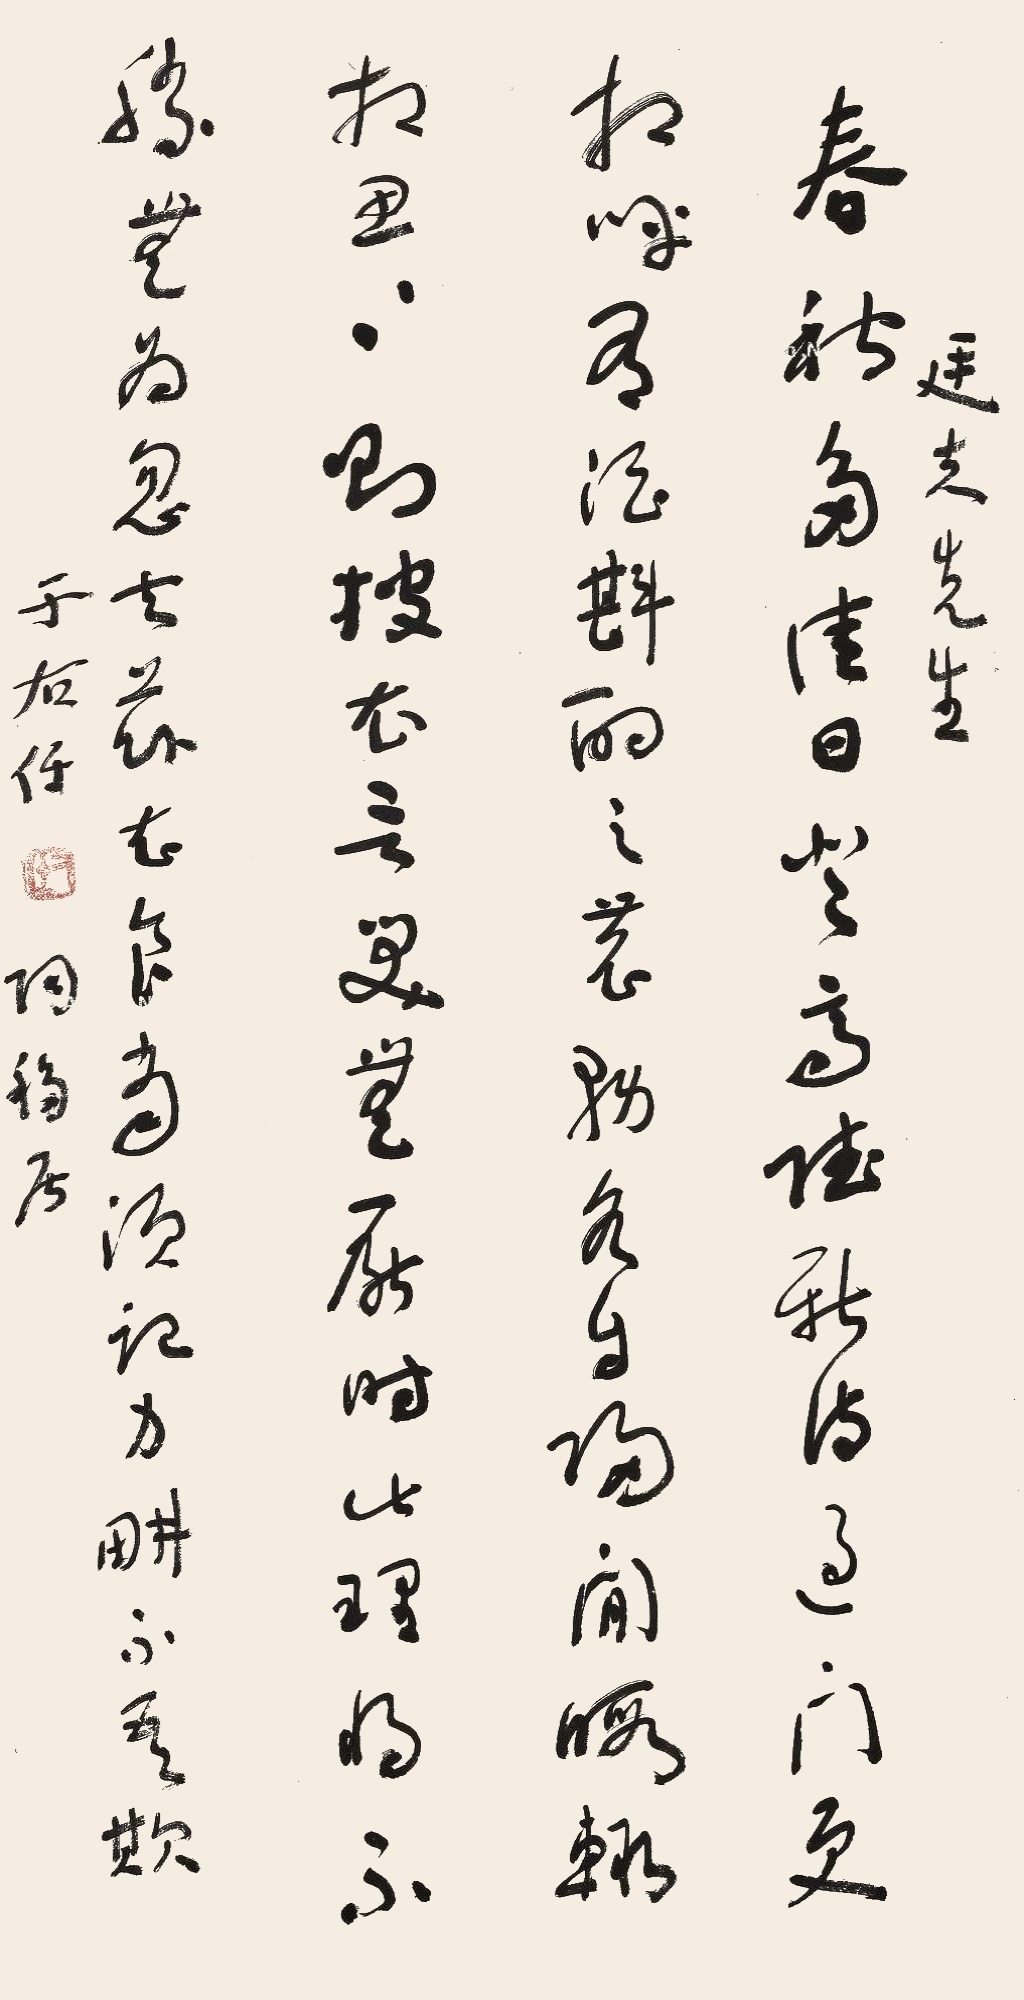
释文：春秋多佳日，登高赋新诗。过门更相呼，有酒斟酌之。农务各自归，闲暇辄相思。相思则披衣，言笑无厌时。此理将不胜？无为忽去兹。衣食当须纪，力耕不吾欺。延光先生，于右任词《移居》。